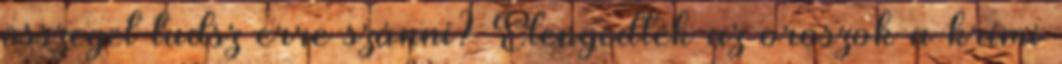
összeget tudsz erre szánni? Elengedték az oroszok a krími